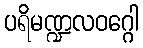
ပရိမဏ္ဍလဝဂ္ဂေါ